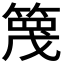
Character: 𥱡